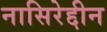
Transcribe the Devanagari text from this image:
नासिरेद्दीन